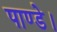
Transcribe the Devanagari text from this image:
पाण्डे।